Madras plague regulations in force outside the Presidency town - Volume 5
Disease focus: Plague
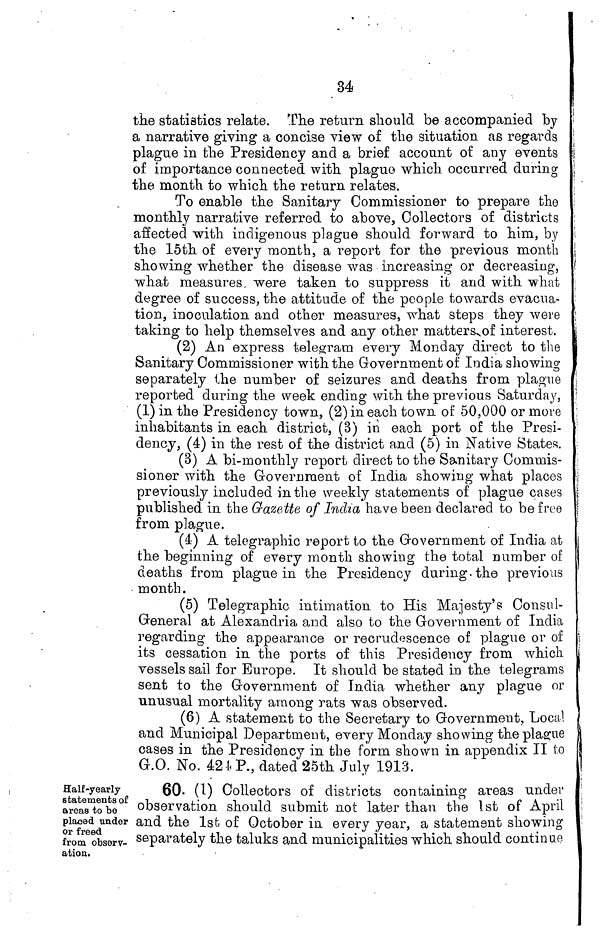
34
the statistics relate. The return should be accompanied by
a narrative giving a concise view of the situation as regards
plague in the Presidency and a brief account of any events
of importance connected with plague which occurred during
the month to which the return relates.
To enable the Sanitary Commissioner to prepare the
monthly narrative referred to above, Collectors of districts
affected with indigenous plague should forward to him, by
the 15th of every month, a report for the previous month
showing whether the disease was increasing or decreasing,
what measures, were taken to suppress it and with what
degree of success, the attitude of the people towards evacua-
tion, inoculation and other measures, what steps they were
taking to help themselves and any other matters^of interest.
(2) An express telegram every Monday direct to the
Sanitary Commissioner with the Government of India showing
separately the number of seizures and deaths from plague
reported during the week ending with the previous Saturda^y,
(1) in the Presidency town, (2) in each town of 50,000 or more
inhabitants in each district, (3) in each port of the Presi-
dency, (4) in the rest of the district and (5) in Native States.
(3) A bi-monthly report direct to the Sanitary Commis-
sioner with the Government of India showing what places
previously included in the weekly statements of plague cases
published in the Gazette of India have been declared to be free
from plague.
(4) A telegraphic report to the Government of India at
the beginning of every month showing the total number of
deaths from plague in the Presidency during, the previous
• month.
(5) Telegraphic intimation to His Majesty's Cónsul-
General at Alexandria and also to the Government of India
regarding the a.ppearance or recrudescence of plague or of
its cessation in the ports of this Presidency from which
vessels sail for Europe. It should be stated in the telegrams
sent to the Government of India whether any plague or
unusual mortality among rats was observed.
(6) A statement to the Secretary to Government, Local
and Municipal Department, every Monday showing the plague
cases in the Presidency in the form shown in appendix II to
G.O. No. 421 P., dated 25th July 1918.
Half-yearly
statements of
areas to be
placed under
or freed
from observ-
ation.
60- (I) Collectors of districts containing areas under
observation should submit not later than the 1st of April
and the 1st of October in every year, a statement showing
separately the taluks and municipalities which should continue